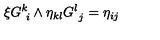
\xi G _ { \ i } ^ { k } \wedge \eta _ { k l } G _ { \ j } ^ { l } = \eta _ { i j }